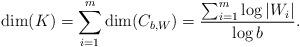
LaTeX: \begin{align*} \dim(K)= \sum_{i=1}^{m} \dim(C_{b,W})=\frac{\sum_{i=1}^{m} \log |W_i|}{\log b}.\end{align*}